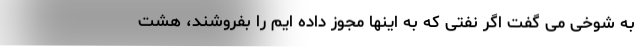
به شوخی می گفت اگر نفتی که به اینها مجوز داده ایم را بفروشند، هشت